Civil Veterinary Dept. Bombay admin report 1893-99 - 1893-1899
Year: 1893
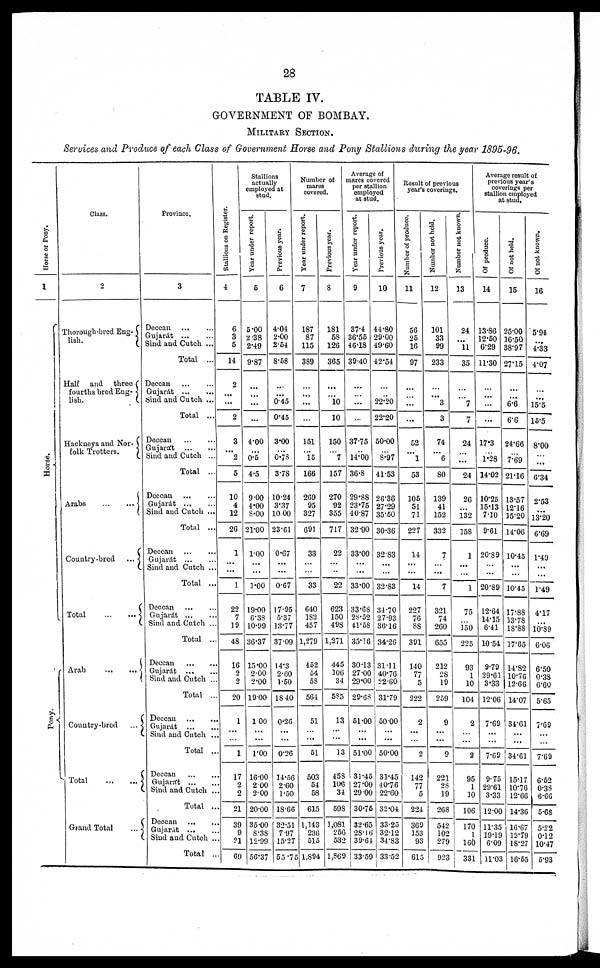
28
TABLE IV.
GOVERNMENT OF BOMBAY.
MILITARY SECTION.
Services and Produce of each Class of Government Horse and Pong Stallions during the year 1895-96.
Horse or Pony.
1
Horse.
Pony.
Class.
2
Thorough-bred Eng-
lish.
Half
and
three
fourths bred Eng-
lish.
Hackneys and Nor-
folk Trotters.
Arabs
...
...
Country-bred
...
Total
...
...
Arab
...
...
Country-bred
...
Total
...
...
Grand Total ...
Province.
3
Deccan
... ...
Gujarat ... ....
Sind and Cutch ...
Total ...
Deccan ... ...
Gujarat
...
...
Sind and Cutch ...
Total ...
Deccan
...
...
Gujarát ... ...
Sind and Cutch ...
Total ...
Deccan ... ...
Gujarat
...
...
Sind and Cutch ...
Total ...
Deccan
...
...
Gujarát
...
...
Sind and Cutch ...
Total ...
Deccan
...
...
Gujarát
...
...
Sind and Cutch ...
Total ...
Deccan
...
...
Gujarat
...
...
Sind and Cutch ...
Total ...
Deccan
...
...
Gujarat
...
...
Sind and Cutch ...
Total ...
Deccan
...
...
Gujarát
...
...
Sind and Cutch ...
Total ...
Deccan
...
...
Gujarát
...
...
Sind and Cutch ...
Total ...
Stallions on Register.
4
6
3
5
14
2
...
...
2
3
... 2
5
10
4
12
26
1
...
...
1
22
7
19
48
16
2
2
20
1
...
...
1
17
2
2
21
39
9
21
69
Stallions
actually
employed at
stud.
Year under report.
5
5.00
2.38
2.49
9.87
...
...
...
...
4.00
... 0.5
4.5
9.00
4.00
8.00
21.00
1.00
...
...
1.00
19.00
6.38
10.99
36.37
15.00
2.00
2.00
19.00
1.00
...
...
1.00
16.00
2.00
2.00
20.00
35.00
8.38
12.99
56.37
Previous year.
6
4.04
2.00
2.54
8.58
...
...
0.45
0.45
3.00
...
0.78
3.78
10.24
3.37
10 00
23.61
0.67
...
...
0.67
17.95
5.37
13.77
37.09
14.3
2.60
1.50
18.40
0.26
...
...
0.26
14.06
2.60
1.50
18.66
32.51
7.97
15.27
55.75
Number of
mares
covered.
Year under report.
7
187
87
115
389
...
...
...
151
... 15
166
269
95
327
691
33
...
...
33
640
182
457
1,279
452
54
58
561
51
... ...
51
503
54
58
615
1,143
236
515
1,894
Previous year.
8
181
58
126
365
...
...
10
10
150
... 7
157
270
92
355
717
22
...
...
22
623
150
498
1,271
445
306
34
585
13
...
...
13
458
106
34
598
1,081
256
532
1,569
Average of
mares covered
per stallion
employed
at stud.
Year under report.
9
37.4
36.55
46.18
39.40
...
...
...
...
37.75
... 14.00
36.8
29.88
23.75
40.87
32.90
33.00
...
...
33.00
33.68
28.52
41.58
35.16
30.13
27.00
29.00
29.68
51.00
... ...
51.00
31.45
27.00
29 00
30.75
32.65
28.16
39.64C
33.59
Previous year.
10
44.80
29.00
49.60
42.54
...
...
22.20
22.20
50.00
... 8.97
41.53
26.36
27.29
35.50
30.36
32.83
...
...
32.83
34.70
27.93
36.16
34.26
31.11
40.76
52.60
31.79
50.00
... ...
50.00
31.45
40.76
22.60
32.04
33.25
32.12
34.83
33.52
Result of previous
year's coverings.
Number of produce.
11
56
25
16
97
...
...
...
...
52
... 1
53
105
51
71
227
14
...
...
14
227
76
88
391
140
77
5
222
2
...
...
2
142
77
5
224
369
353
93
615
Number not held.
12
101
33
99
233
...
...
3
3
74
... 6
80
139
41
152
332
7
...
...
7
321
74
260
655
212
28
19
259
9
... ...
9
221
28
19
268
542
102
279
923
Number not known.
13
24
...
11
35
...
...
7
7
24
... ...
24
26
...
132
158
1
...
...
1
75
350
225
93
1
10
104
2
...
...
2
95
1
10
106
170
1
160
331
Average result of
previous year's
coverings per
stallion employed
at stud.
Of produce.
14
13.86
12.50
6.29
11.30
...
...
...
...
17.3
... 1.28
14.02
10.25
15.13
7.10
9.61
20.89
...
...
20.89
12.64
14.15
6.41
10.54
9.79
29.61
3.33
12.06
7.69
...
...
7.69
9.75
29.61
3.33
12.00
11.35
39.19
6.09
11.03
Of not held.
15
25.00
16.50
38.97
27.15
...
...
6.6
6.6
24.66
... 7.69
21.16
13.57
12.16
15.20
14.06
10.45
...
...
10.45
17.88
33.78
18.88
37.65
14.82
10.76
12.66
14.07
34.61
...
...
34.61
15.17
10.76
12.66
14.36
16.67
12.79
18.27
16.55
Of not known.
16
5.94
...
4.33
4.07
...
...
15.5
15.5
8.00
... ...
6.34
2.53
...
13.20
6.69
1.49
...
...
1.49
4.17
...
10.89
6.06
6.50
0.38
6.60
5.65
7.69
...
...
7.69
6.52
0.38
6.66
5.68
5.22
0.12
10.47
5.93